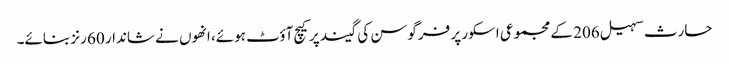
حارث سہیل 206 کے مجموعی اسکور پر فرگوسن کی گیند پر کیچ آؤٹ ہوئے، انھوں نے شاندار 60 رنز بنائے۔